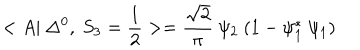
LaTeX: < A | ~ \Delta ^ { 0 } , ~ S _ { 3 } = \frac { 1 } { 2 } > = \frac { \sqrt { 2 } } { \pi } ~ \psi _ { 2 } ~ ( 1 - \psi _ { 1 } ^ { * } ~ \psi _ { 1 } )